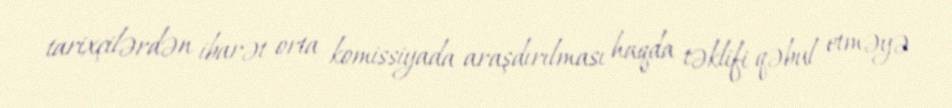
tarixçilərdən ibarət orta komissiyada araşdırılması haqda təklifi qəbul etməyə